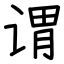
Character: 谓